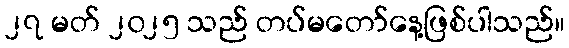
၂၇ မတ် ၂၀၂၅ သည် တပ်မတော်နေ့ဖြစ်ပါသည်။